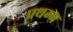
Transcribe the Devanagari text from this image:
प्रथम्म